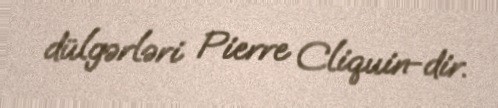
dülgərləri Pierre Cliquin-dir.